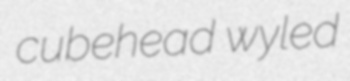
cubehead wyled